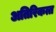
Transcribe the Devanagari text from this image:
अतिरिकत्त